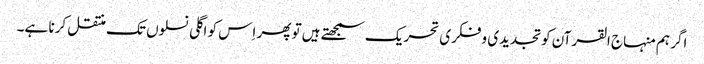
اگر ہم منہاج القرآن کو تجدیدی و فکری تحریک سمجھتے ہیں تو پھر اِس کو اگلی نسلوں تک منتقل کرنا ہے۔